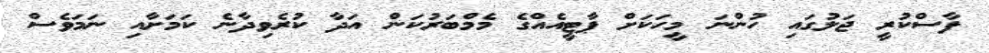
ފާސްކުރީ ޖަލުގައި ހުންނަ މީހަކަށް ޕާޓީއެއްގެ މެމްބަރުކަން އަދާ ކުރެވިދާނެ ކަމަށާއި ނަމަވެސް